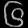
Digit: ၆